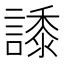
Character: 𧬠